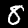
Digit: 8